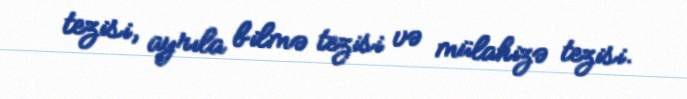
tezisi, ayrıla bilmə tezisi və mülahizə tezisi.